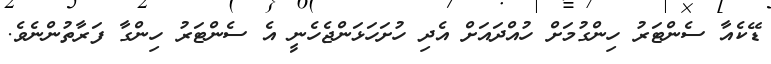
ޑޭކެއާ ސެންޓަރު ހިންގުމަށް ހުއްދައަށް އެދި ހުށަހަޅަންޖެހެނީ އެ ސެންޓަރު ހިންގާ ފަރާތުންނެވެ.